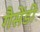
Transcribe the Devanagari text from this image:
गैसेंडी